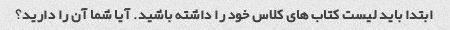
ابتدا باید لیست کتاب های کلاس خود را داشته باشید. آیا شما آن را دارید؟